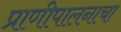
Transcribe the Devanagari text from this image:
प्राणीपालनाचा